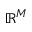
\mathbb { R } ^ { M }